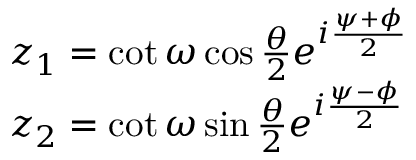
\begin{array} { l l } { { z _ { 1 } = \cot \omega \cos \frac { \theta } { 2 } e ^ { i \frac { \psi + \phi } { 2 } } } } \\ { { z _ { 2 } = \cot \omega \sin \frac { \theta } { 2 } e ^ { i \frac { \psi - \phi } { 2 } } } } \end{array}